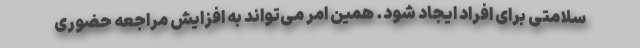
سلامتی برای افراد ایجاد شود. همین امر می‌تواند به افزایش مراجعه حضوری